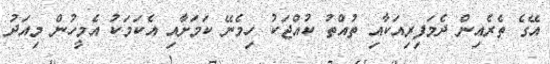
އޭގެ ތެރެއިން ދެމަފިރިއަކާއި ތުއްތު ކުއްޖަކު ހިމެނޭ ކަމަށާއި އެކަމަކު އެމީހުން މިއަދު